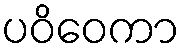
ပဝိဝေကာ